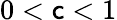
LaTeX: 0<\mathsf{c}<1